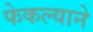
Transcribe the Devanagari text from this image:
फेकल्याने